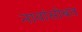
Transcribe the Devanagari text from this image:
नावांसोबत